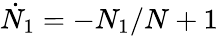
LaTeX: \dot{N}_{1}=-{N_{1}}/{N}+1